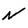
Character: N